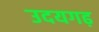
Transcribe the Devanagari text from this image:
उदयगढ़